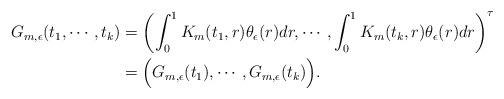
LaTeX: \begin{align*}\begin{aligned}G_{m,\epsilon}(t_1,\cdots, t_k)&=\left(\int^{1}_{0}K_{m}(t_1,r)\theta_{\epsilon}(r)dr,\cdots, \int^{1}_{0}K_{m}(t_k,r)\theta_{\epsilon}(r)dr\right)^{\tau}\\&=\Big(G_{m,\epsilon}(t_1),\cdots,G_{m,\epsilon}(t_k)\Big).\end{aligned}\end{align*}